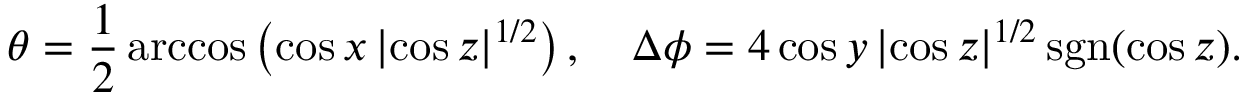
\theta = \frac { 1 } { 2 } \operatorname { a r c c o s } \left( \cos x \, | \! \cos z | ^ { 1 / 2 } \right) , \quad \Delta \phi = 4 \cos y \, | \! \cos z | ^ { 1 / 2 } \, \mathrm { s g n } ( \cos z ) .